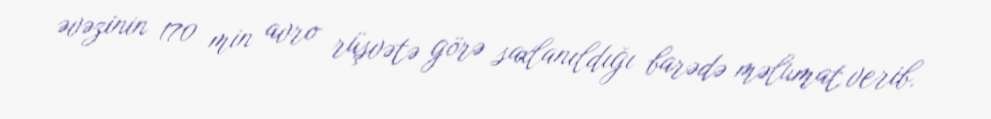
əvəzinin 170 min avro rüşvətə görə saxlanıldığı barədə məlumat verib.